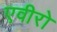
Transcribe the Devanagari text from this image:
एवीरो